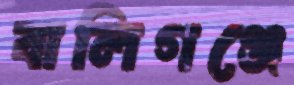
বালিগঞ্জে